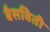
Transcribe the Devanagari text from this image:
बैसविती